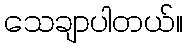
သေချာပါတယ်။